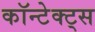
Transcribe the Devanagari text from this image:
कॉन्टेक्ट्स